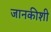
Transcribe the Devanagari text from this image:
जानकीशी